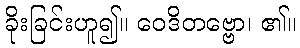
ခိုးခြင်းဟူ၍။ ဝေဒိတဗ္ဗော၊ ၏။